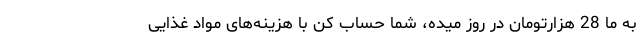
به ما 28 هزارتومان در روز میده، شما حساب کن با هزینه‌های مواد غذایی